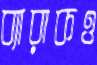
ব্যারাকও